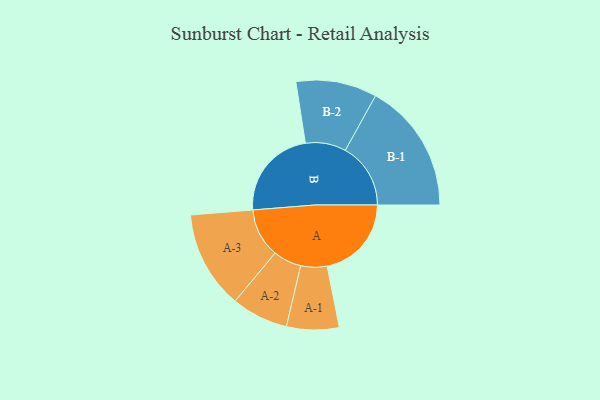
{"axis": {"x": "Segment", "y": "Value"}, "legend": ["", "A", "B"], "data": [{"x": "A", "y": 360, "type": ""}, {"x": "B", "y": 392, "type": ""}, {"x": "A-1", "y": 112, "type": "A"}, {"x": "A-2", "y": 121, "type": "A"}, {"x": "A-3", "y": 209, "type": "A"}, {"x": "B-1", "y": 279, "type": "B"}, {"x": "B-2", "y": 173, "type": "B"}]}